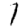
Digit: 1